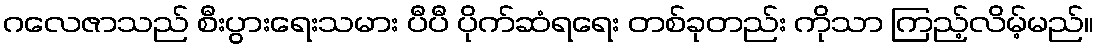
ဂလေဇာသည် စီးပွားရေးသမား ပီပီ ပိုက်ဆံရရေး တစ်ခုတည်း ကိုသာ ကြည့်လိမ့်မည်။